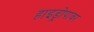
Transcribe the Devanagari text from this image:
हाइड्रोपावर